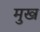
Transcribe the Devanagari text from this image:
मुख्‍ा